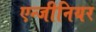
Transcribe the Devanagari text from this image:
एन्जीनियर